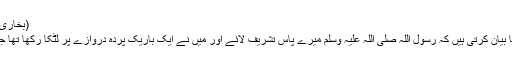
(بخاری5951 مسلم 2108)
عائشہ رضی اللہ عنہما بیان کرتی ہیں کہ رسول اللہ صلی اللہ علیہ وسلم میرے پاس تشریف لائے اور میں نے ایک باریک پردہ دروازے پر لٹکا رکھا تھا جس پر تصویریں تھیں۔